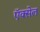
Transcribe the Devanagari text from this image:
ऍक्सेल